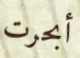
أبحرت